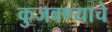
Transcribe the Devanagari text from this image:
कुजवण्याचे